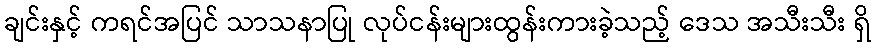
ချင်းနှင့် ကရင်အပြင် သာသနာပြု လုပ်ငန်းများထွန်းကားခဲ့သည့် ဒေသ အသီးသီး ရှိ